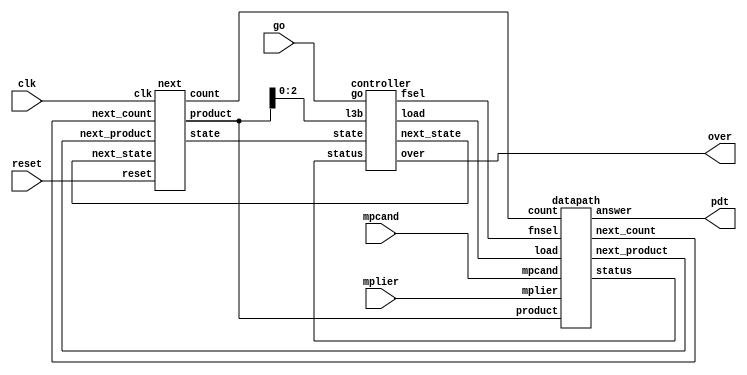
`timescale 1ns / 1ps
//////////////////////////////////////////////////////////////////////////////////
// Company: 
// Engineer: 
// 
// Design Name: 
// Module Name:    radix_4booth 
// Project Name: 
// Target Devices: 
// Tool versions: 
// Description: 
//
// Dependencies: 
//
// Revision: 
// Revision 0.01 - File Created
// Additional Comments: 
//
//////////////////////////////////////////////////////////////////////////////////
module radix_4booth(mplier,mpcand,go,clk,pdt,over,reset);

	input[7:0] mplier,mpcand;
	input go,clk,reset;

	output[15:0] pdt;
	output over;

	wire[17:0] product,next_product;
	wire[3:0] load;
	wire[2:0] count,next_count;
	wire[1:0] next_state,fnsel,state;
	wire status;

	datapath dp(load,fnsel,mplier,mpcand,product,next_product,count,next_count,status,pdt);

	controller ctrl(go,status,state,next_state,load,product[2:0],fnsel,over);
	
	next nxt(product,next_product,state,next_state,count,next_count,clk,reset);

endmodule


module controller(go,status,state,next_state,load,l3b,fsel,over);

	input go,status;
	input[1:0] state;
	input[2:0] l3b;

	output[1:0] next_state,fsel;
	output[3:0] load; 
	output over;
	
	assign load[0]=(((~state[1])&(state[0]))|((state[1])&(~state[0])&((l3b[0]&l3b[1]&l3b[2])|((~l3b[0])&(~l3b[1])&(~l3b[2]))))|(state[1]&state[0]));
	assign load[1]=((state[1])&(~state[0]));
	assign load[2]=state[0];
	assign load[3]=((state[1])&(~state[0]));
	
	assign fsel[0]=(((l3b[0])&(l3b[1]))|((~l3b[0])&(~l3b[1])));
	assign fsel[1]=l3b[2];

	assign over=state[0]&state[1];
	
	assign next_state[0]=((~state[0])&(~state[1])&(go))|((state[0])&(~state[1])&(~status))|((state[1])&(~state[0]))|((state[0])&(state[1])&(~go));
	assign next_state[1]=((state[0])&(~state[1]))|((state[0])&(state[1])&(~go));

endmodule


module datapath(load,fnsel,mplier,mpcand,product,next_product,count,next_count,status,answer);

	input[3:0] load;
	input[1:0] fnsel;
	input[7:0] mplier,mpcand; 
	input[17:0] product;
	input[2:0] count;

	output[17:0] next_product;
	output[2:0] next_count;
	output status;
	output[15:0] answer;
	
	wire[8:0] z_bus;

	alu ALU0(fnsel,product[17:9],mpcand,z_bus);

	mux2 loadpdt({9'b000000000,mplier[7:0],1'b0},product[17:0],{z_bus[8],z_bus[8],z_bus[8:0],product[8:2]},{product[17],product[17],product[17:2]},load[1:0],next_product);

	mux3 loadcnt(count,load[3:2],next_count);

	assign answer=product[16:1];
	
	status_detector sd(count,status);

endmodule


module next(product,next_product,state,next_state,count,next_count,clk,reset);

	output[17:0] product;
	output[1:0] state;
	output[2:0] count;

	input[17:0] next_product;
	input[1:0] next_state;
	input[2:0] next_count;
	input clk,reset; 
	
	reg[17:0] product;
	reg[1:0] state;
	reg[2:0] count;

	always@(posedge clk)
	begin
		if(reset)begin
			state = 2'b00;
			count = 3'b100;
		end
		else begin
			state = next_state;
			product = next_product;
			count = next_count;
			$display("product=%h  state=%h count=%h nproduct=%h  nstate=%h ncount=%h ",product,state,count,next_product,next_state,next_count);
		end
	end
	
endmodule


// status=1 if count is non-zero
module status_detector(count,status);

	input[2:0] count;
	
	output status;

	assign status=(count[0]|count[1]|count[2]);
	
endmodule

module mux3(c,load,nc);

	input[1:0] load;
	input[2:0] c; 

	output[2:0] nc;

	wire[2:0] w;

	assign w[0]=~c[0];
	assign w[1]=(((c[0])&(c[1]))|((~c[0])&(~c[1])));
	assign w[2]=1'b0;
	assign nc[0]=(((load[1])&(w[0]))|((~load[1])&(load[0])&(c[0]))|((~load[1])&(~load[0])&(1'b0)));
	assign nc[1]=(((load[1])&(w[1]))|((~load[1])&(load[0])&(c[1]))|((~load[1])&(~load[0])&(1'b0)));
	assign nc[2]=(((load[1])&(w[2]))|((~load[1])&(load[0])&(c[2]))|((~load[1])&(~load[0])&(1'b1)));

endmodule


module mux2(in0,in1,in2,in3,sel,out);

	input[17:0] in0,in1,in2,in3;
	input[1:0] sel;

	output[17:0] out;

	generate
		genvar i;
		for(i=0;i<18;i=i+1)begin
			assign out[i]=(((in0[i])&(~sel[0])&(~sel[1]))|((in1[i])&(sel[0])&(~sel[1]))|((in2[i])&(sel[1])&(~sel[0]))|((in3[i])&(sel[0])&(sel[1])));
		end
	endgenerate

endmodule


module alu(fsel,x,y,z);

	input[8:0] x;
	input[7:0] y;
	input[1:0]fsel;

	output[8:0] z;

	wire[8:0] sum,diff;
	wire[8:0] w0;
	wire w1,w2;
	
	mux1 m10(sum,diff,fsel[1],z);
	mux1 m11({y[7],y[7:0]},{y[7:0],1'b0},fsel[0],w0);
	
	adder add(x,w0,sum,w1);

	subtractor sub(x,w0,diff,w2);
	
endmodule


module mux1(a,b,sel,out);

	input[8:0] a,b;
	input sel;

	output[8:0] out;
	
	mux0 m00(a[0],b[0],sel,out[0]);
	mux0 m01(a[1],b[1],sel,out[1]);
	mux0 m02(a[2],b[2],sel,out[2]);
	mux0 m03(a[3],b[3],sel,out[3]);
	mux0 m04(a[4],b[4],sel,out[4]);
	mux0 m05(a[5],b[5],sel,out[5]);
	mux0 m06(a[6],b[6],sel,out[6]);
	mux0 m07(a[7],b[7],sel,out[7]);
	mux0 m08(a[8],b[8],sel,out[8]);

endmodule


module mux0(a,b,sel,out);

	input a,b,sel;

	output out;

	assign out=(a & (~sel)) | ( b&sel );

endmodule


module adder( a ,b ,sum ,carry );

	input [8:0] a ;
	input [8:0] b ; 

	output [8:0] sum ;
	output carry ;

	wire [7:0]s;

	full_adder u10 (a[0],b[0],1'b0,sum[0],s[0]);
	full_adder u11 (a[1],b[1],s[0],sum[1],s[1]);
	full_adder u12 (a[2],b[2],s[1],sum[2],s[2]);
	full_adder u13 (a[3],b[3],s[2],sum[3],s[3]);
	full_adder u14 (a[4],b[4],s[3],sum[4],s[4]);
	full_adder u15 (a[5],b[5],s[4],sum[5],s[5]);
	full_adder u16 (a[6],b[6],s[5],sum[6],s[6]);
	full_adder u17 (a[7],b[7],s[6],sum[7],s[7]);
	full_adder u18 (a[8],b[8],s[7],sum[8],carry);

endmodule


module subtractor( a ,b ,diff ,borrow,l );

	input [8:0] a ;
	input [8:0] b ; 

	output [8:0] diff ;
	output borrow ;
	output [8:0] l; 

	wire [7:0] s; 
	wire [8:0] l;
	
	assign l =( 9'b111111111 ^ b);

	full_adder u00 (a[0],l[0],1'b1,diff[0],s[0]);
	full_adder u01 (a[1],l[1],s[0],diff[1],s[1]);
	full_adder u02 (a[2],l[2],s[1],diff[2],s[2]);
	full_adder u03 (a[3],l[3],s[2],diff[3],s[3]);
	full_adder u04 (a[4],l[4],s[3],diff[4],s[4]);
	full_adder u05 (a[5],l[5],s[4],diff[5],s[5]);
	full_adder u06 (a[6],l[6],s[5],diff[6],s[6]);
	full_adder u07 (a[7],l[7],s[6],diff[7],s[7]);
	full_adder u08 (a[8],l[8],s[7],diff[8],borrow);

endmodule


module full_adder ( a ,b ,c ,sum ,carry );

	input a ; 
	input b ;
	input c ;
   
	output sum ;
	output carry ;

	assign sum = ((a ^ b) ^ c);  
	assign carry = (((a&b) | (b&c)) | (c&a));

endmodule